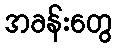
အခန်းတွေ